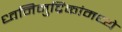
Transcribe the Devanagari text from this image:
ध्वनिमुद्रिकांमध्ये